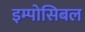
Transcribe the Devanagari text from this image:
इम्पोसिबल